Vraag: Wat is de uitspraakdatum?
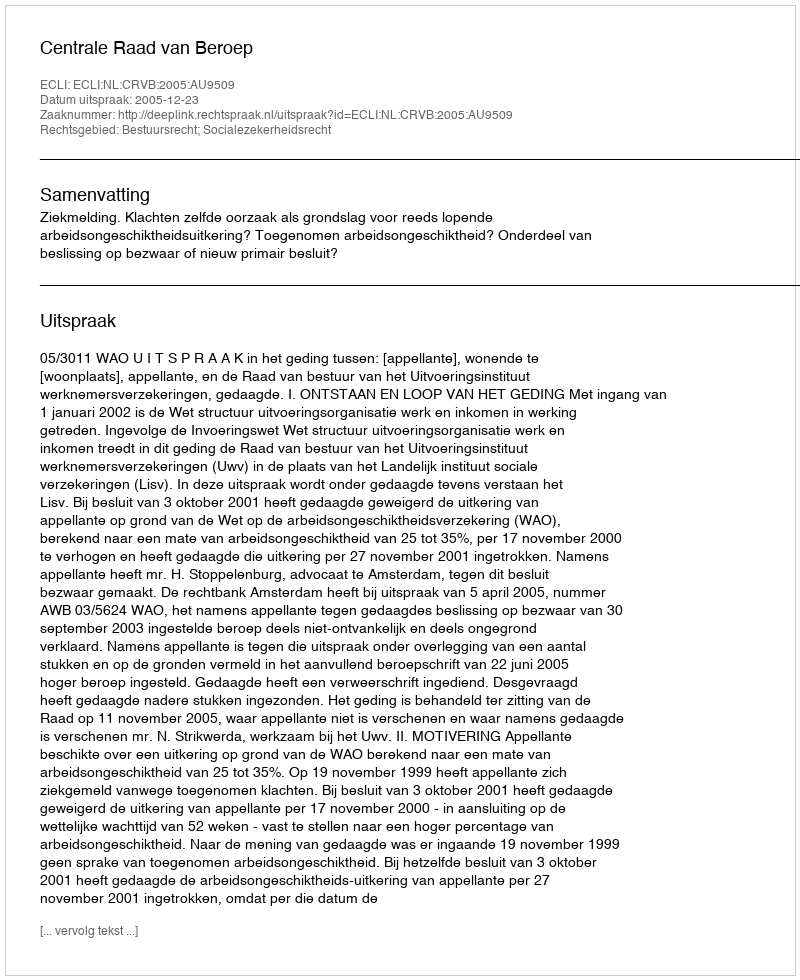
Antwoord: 2005-12-23